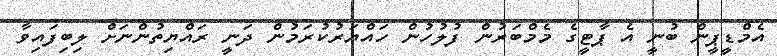
އެމްޑީޕީން ބުނީ އެ ޕާޓީގެ މެމްބަރުން ފުލުހުން ހައްޔަރުކުރަމުން ދަނީ ރައްޔިތުންނަށް ލިބިފައިވާ